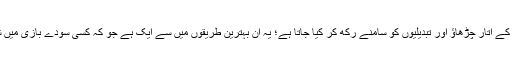
پرائس ایکشن وہ تجزیہ ہے جو قیمتوں کے اتار چڑھاؤ اور تبدیلیوں کو سامنے رکھ کر کیا جاتا ہے؛ یہ ان بہترین طریقوں میں سے ایک ہے جو کہ کسی سودے بازی میں شمولیت سے پہلے اختیار کیا جاتا ہے۔